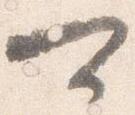
可